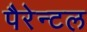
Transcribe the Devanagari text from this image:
पैरेन्टल